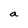
Character: a